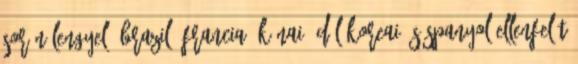
során lengyel, brazil, francia, kínai, dél-koreai és spanyol ellenfelét